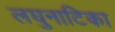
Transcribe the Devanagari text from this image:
लघुनाटिका